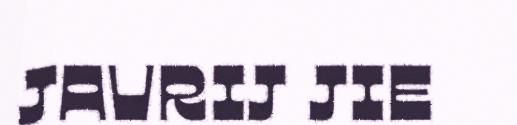
JAVRIJ JIE